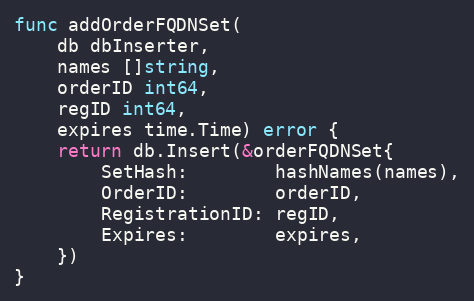
Language: Go
func addOrderFQDNSet(
	db dbInserter,
	names []string,
	orderID int64,
	regID int64,
	expires time.Time) error {
	return db.Insert(&orderFQDNSet{
		SetHash:        hashNames(names),
		OrderID:        orderID,
		RegistrationID: regID,
		Expires:        expires,
	})
}